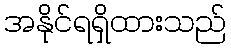
အနိုင်ရရှိထားသည်